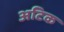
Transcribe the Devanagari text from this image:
अटिक